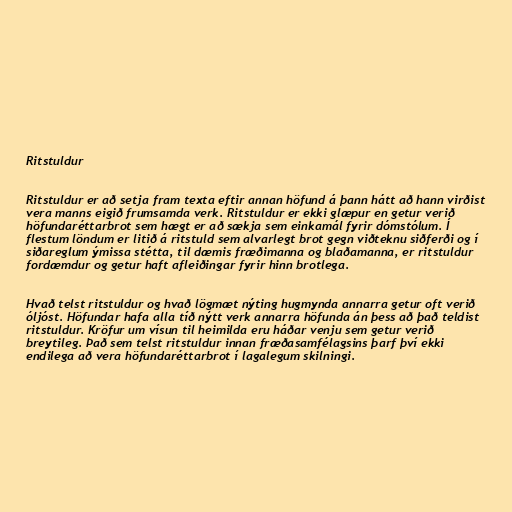
Ritstuldur

Ritstuldur er að setja fram texta eftir annan höfund á þann hátt að hann virðist
vera manns eigið frumsamda verk. Ritstuldur er ekki glæpur en getur verið
höfundaréttarbrot sem hægt er að sækja sem einkamál fyrir dómstólum. Í
flestum löndum er litið á ritstuld sem alvarlegt brot gegn viðteknu siðferði og í
siðareglum ýmissa stétta, til dæmis fræðimanna og blaðamanna, er ritstuldur
fordæmdur og getur haft afleiðingar fyrir hinn brotlega.

Hvað telst ritstuldur og hvað lögmæt nýting hugmynda annarra getur oft verið
óljóst. Höfundar hafa alla tíð nýtt verk annarra höfunda án þess að það teldist
ritstuldur. Kröfur um vísun til heimilda eru háðar venju sem getur verið
breytileg. Það sem telst ritstuldur innan fræðasamfélagsins þarf því ekki
endilega að vera höfundaréttarbrot í lagalegum skilningi.